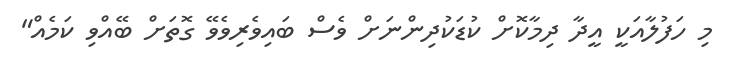
މި ހަފުލާއަކީ އީދާ ދިމާކޮށް ކުޑަކުދިންނަށް ވެސް ބައިވެރިވެވޭ ގޮތަށް ބޭއްވި ކަމެއް"